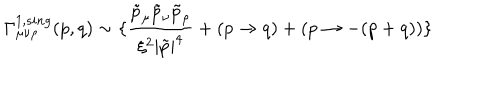
\Gamma _ { \mu \nu \rho } ^ { 1 , s i n g } ( p , q ) \sim \{ \frac { \tilde { p } _ { \mu } \tilde { p } _ { \nu } \tilde { p } _ { \rho } } { \xi ^ { 2 } | \tilde { p } | ^ { 4 } } + ( p \rightarrow q ) + ( p \rightarrow - ( p + q ) ) \}